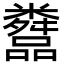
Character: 𬖿